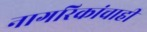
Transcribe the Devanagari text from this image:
नागरिकांचाही